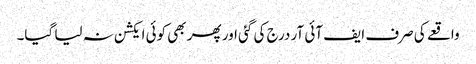
واقعے کی صرف ایف آئی آر درج کی گئی اور پھر بھی کوئی ایکشن نہ لیا گیا۔